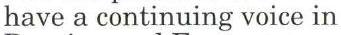
have a continuing voice in